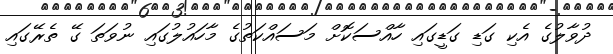
ދުވާލުގެ އެކި ގަޑި ގަޑީގައި ހާއްސަކޮށް މަސައްކަތުގެ މާހައުލުގައި ނުވަތަ ގޭ ތެރޭގައި